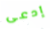
إدعى